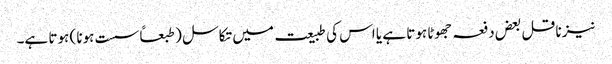
نیز ناقل بعض دفعہ جھوٹا ہوتا ہے یا اس کی طبیعت میں تکاسل ( طبعاً سست ہونا ) ہوتا ہے۔